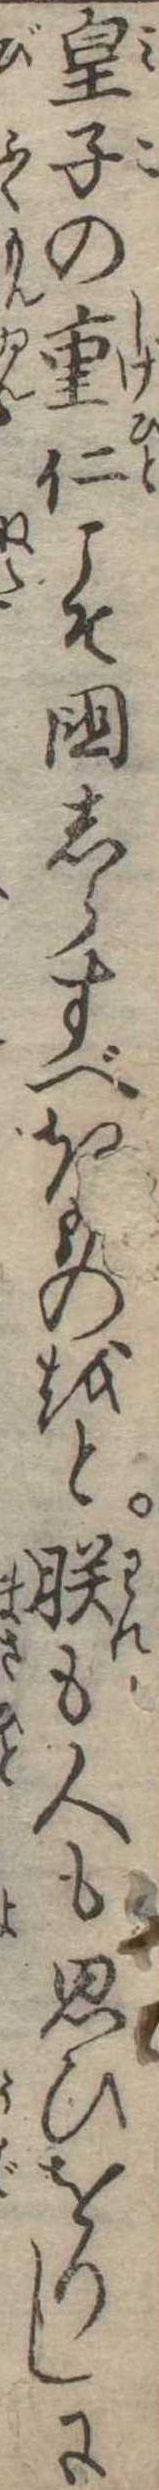
皇子の重仁こそ国しらすべきものをと朕も人も思ひをりしに